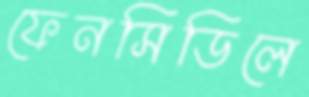
ফেনসিডিলে